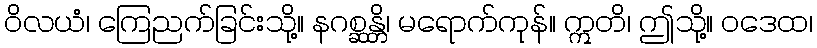
ဝိလယံ၊ ကြေညက်ခြင်းသို့။ နဂစ္ဆန္တိ၊ မရောက်ကုန်။ ဣတိ၊ ဤသို့။ ဝဒေထ၊